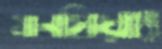
মানথিয়াং